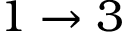
1 \to 3